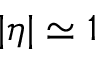
| \eta | \simeq 1